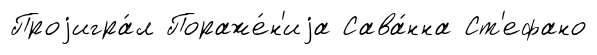
Проjигра́л Пораже́н'иjа Сава́нна Ст'ефано